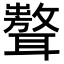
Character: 𦗷